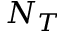
N _ { T }